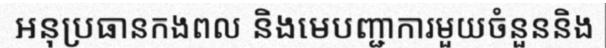
អនុប្រធានកងពល និងមេបញ្ជាការមួយចំនួននិង